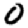
Digit: 0